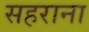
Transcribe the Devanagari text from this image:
सहराना